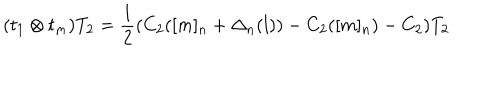
LaTeX: ( t _ { 1 } \otimes t _ { m } ) T _ { 2 } = \frac { 1 } { 2 } ( C _ { 2 } ( [ m ] _ { n } + \Delta _ { n } ( l ) ) - C _ { 2 } ( [ m ] _ { n } ) - C _ { 2 } ) T _ { 2 }